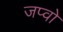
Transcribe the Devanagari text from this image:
जप्वो